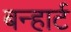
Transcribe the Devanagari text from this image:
बन्हार्ट